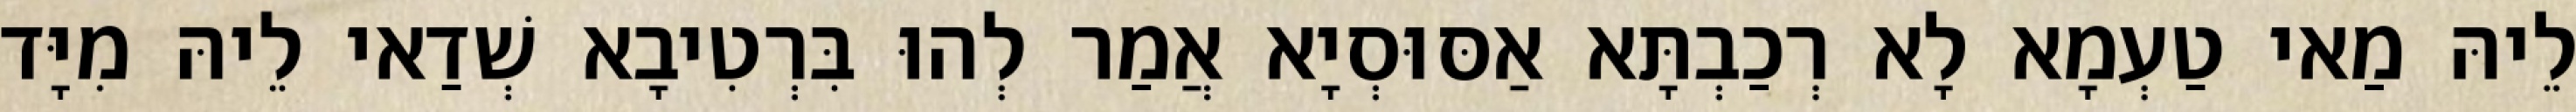
לֵיהּ מַאי טַעְמָא לָא רְכַבְתָּא אַסּוּסְיָא אֲמַר לְהוּ בִּרְטִיבָא שְׁדַאי לֵיהּ מִיָּד